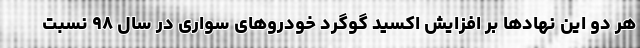
هر دو این نهادها بر افزایش اکسید گوگرد خودروهای سواری در سال ۹۸ نسبت